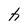
Character: h